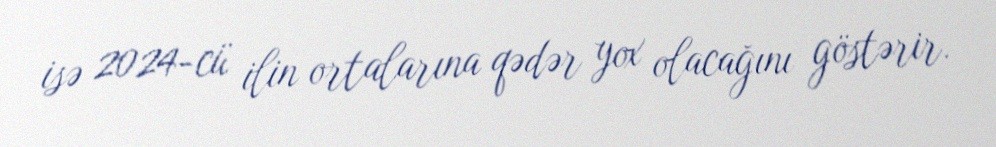
isə 2024-cü ilin ortalarına qədər yox olacağını göstərir.